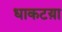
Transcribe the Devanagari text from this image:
धाकटय़ा